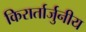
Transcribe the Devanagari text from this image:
किरार्तार्जुनीय